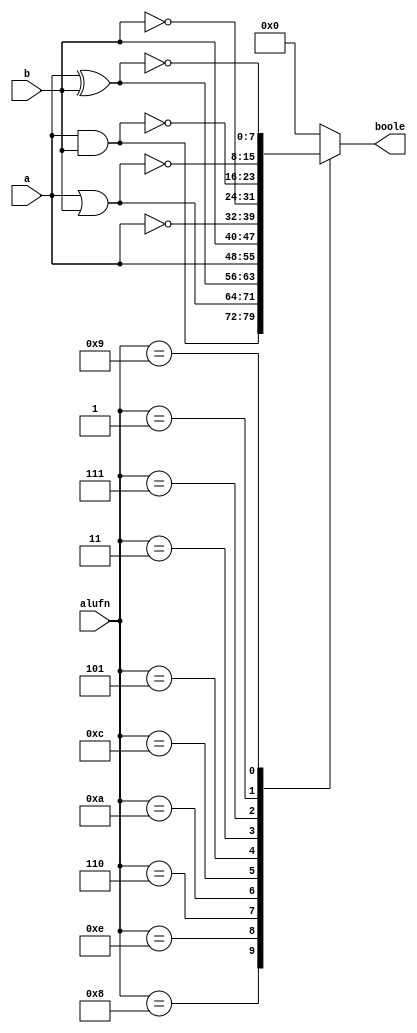
module boole8Bit_13 (
    input [7:0] a,
    input [7:0] b,
    input [3:0] alufn,
    output reg [7:0] boole
  );
  
  
  
  always @* begin
    
    case (alufn)
      4'h8: begin
        boole[0+7-:8] = a[0+7-:8] & b[0+7-:8];
      end
      4'he: begin
        boole[0+7-:8] = a[0+7-:8] | b[0+7-:8];
      end
      4'h6: begin
        boole[0+7-:8] = a[0+7-:8] ^ b[0+7-:8];
      end
      4'ha: begin
        boole[0+7-:8] = a[0+7-:8];
      end
      4'hc: begin
        boole[0+7-:8] = b[0+7-:8];
      end
      4'h5: begin
        boole[0+7-:8] = ~a[0+7-:8];
      end
      4'h3: begin
        boole[0+7-:8] = ~b[0+7-:8];
      end
      4'h7: begin
        boole[0+7-:8] = ~(a[0+7-:8] & b[0+7-:8]);
      end
      4'h1: begin
        boole[0+7-:8] = ~(a[0+7-:8] | b[0+7-:8]);
      end
      4'h9: begin
        boole[0+7-:8] = ~(a[0+7-:8] ^ b[0+7-:8]);
      end
      default: begin
        boole[0+7-:8] = 8'h00;
      end
    endcase
  end
endmodule